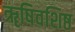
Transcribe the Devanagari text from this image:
ॠषिवशिष्ठ